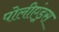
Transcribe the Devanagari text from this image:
पोलीएंड्रस